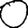
Digit: 0